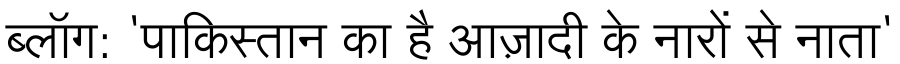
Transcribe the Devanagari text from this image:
ब्लॉग: 'पाकिस्तान का है आज़ादी के नारों से नाता'